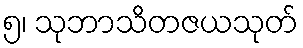
၅၊ သုဘာသိတဇယသုတ်